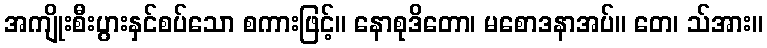
အကျိုးစီးပွားနှင်စပ်သော စကားဖြင့်။ နောစုဒိတော၊ မစောဒနာအပ်။ တေ၊ သ်အား။